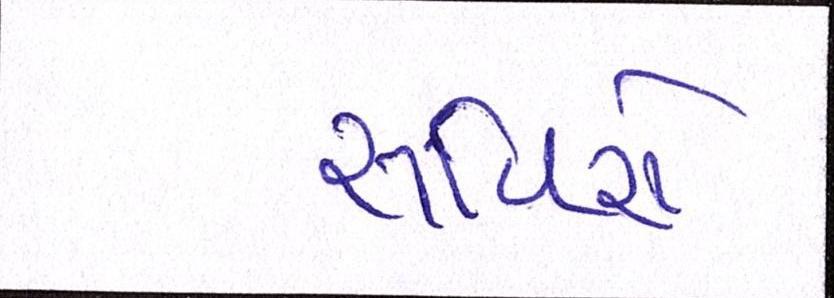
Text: સર્વિસે